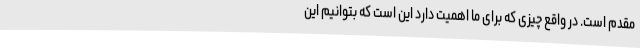
مقدم است. در واقع چیزی که برای ما اهمیت دارد این است که بتوانیم این